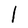
Character: l